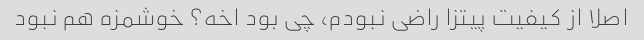
اصلا از کیفیت پیتزا راضی نبودم، چی بود اخه؟ خوشمزه هم نبود